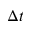
\Delta t